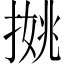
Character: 𢱐